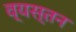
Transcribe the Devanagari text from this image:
व्यस्तन